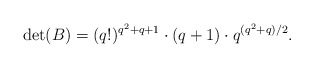
\begin{align*} \det(B) = (q!)^{q^2+q+1} \cdot (q+1) \cdot q^{(q^2 + q)/2}. \end{align*}